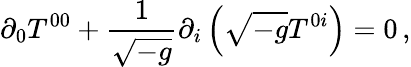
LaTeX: \partial_{0}T^{00}+\frac{1}{\sqrt{-g}}\partial_{i}\left(\sqrt{-g}T^{0i}\right)=0\, ,